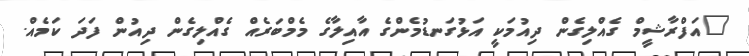
"އަފްރާޝީމް ގެއްލިގެން ދިއުމަކީ އަޅުގަނޑުމެންގެ އާއިލާގެ މެމްބަރެއް ގެއްލިގެން ދިއުން ފަދަ ކަމެއް.